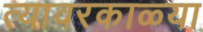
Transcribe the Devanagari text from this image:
त्यावरकाळ्या